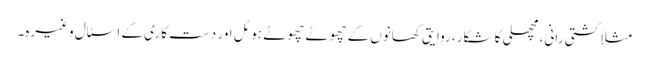
مثلاً کشتی رانی، مچھلی کا شکار، روایتی کھانوں کے چھوٹے چھوٹے ہوٹل اور دست کاری کے اسٹال وغیرہ۔